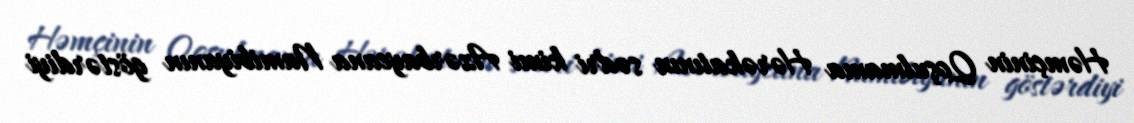
Həmçinin Qoşulmama Hərəkatının sədri kimi Azərbaycana Namibiyanın göstərdiyi